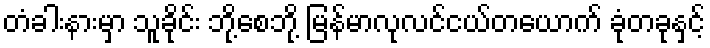
တံခါးနားမှာ သူခိုင်း ဘို့စေဘို့ မြန်မာလုလင်ငယ်တယောက် ခုံတခုနှင့်